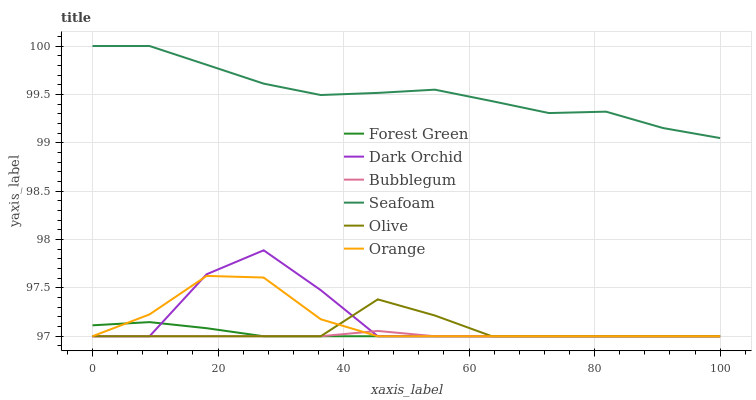
| xaxis_label | Forest Green | Dark Orchid | Bubblegum | Seafoam | Olive | Orange |
 | --- | --- | --- | --- | --- | --- | --- |
 | 0 | 97.1 | 97 | 97 | 100 | 97 | 97 |
 | 9.09 | 97.1 | 97 | 97 | 100 | 97 | 97.2 |
 | 18.2 | 97.1 | 97.6 | 97 | 99.8 | 97 | 97.6 |
 | 27.3 | 97 | 97.9 | 97 | 99.6 | 97 | 97.6 |
 | 36.4 | 97 | 97.5 | 97 | 99.5 | 97 | 97.2 |
 | 45.5 | 97 | 97 | 97.1 | 99.5 | 97.4 | 97 |
 | 54.5 | 97 | 97 | 97 | 99.5 | 97.2 | 97 |
 | 63.6 | 97 | 97 | 97 | 99.4 | 97 | 97 |
 | 72.7 | 97 | 97 | 97 | 99.3 | 97 | 97 |
 | 81.8 | 97 | 97 | 97 | 99.3 | 97 | 97 |
 | 90.9 | 97 | 97 | 97 | 99.2 | 97 | 97 |
 | 100 | 97 | 97 | 97 | 99 | 97 | 97 |